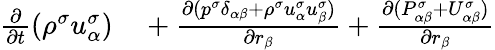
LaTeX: \begin{array}{r}{\begin{array}{rl}{\frac{\partial}{\partial t}(\rho^{\sigma}u_{\alpha}^{\sigma})}&{{}+\frac{\partial(p^{\sigma}\delta_{\alpha\beta}+\rho^{\sigma}u_{\alpha}^{\sigma}u_{\beta}^{\sigma})}{\partial r_{\beta}}+\frac{\partial(P_{\alpha\beta}^{\sigma}+U_{\alpha\beta}^{\sigma})}{\partial r_{\beta}}}\end{array}}\end{array}